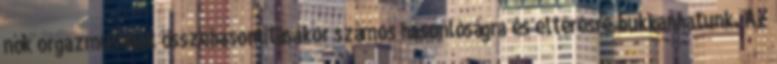
nők orgazmusának összehasonlításakor számos hasonlóságra és eltérésre bukkanhatunk. Az